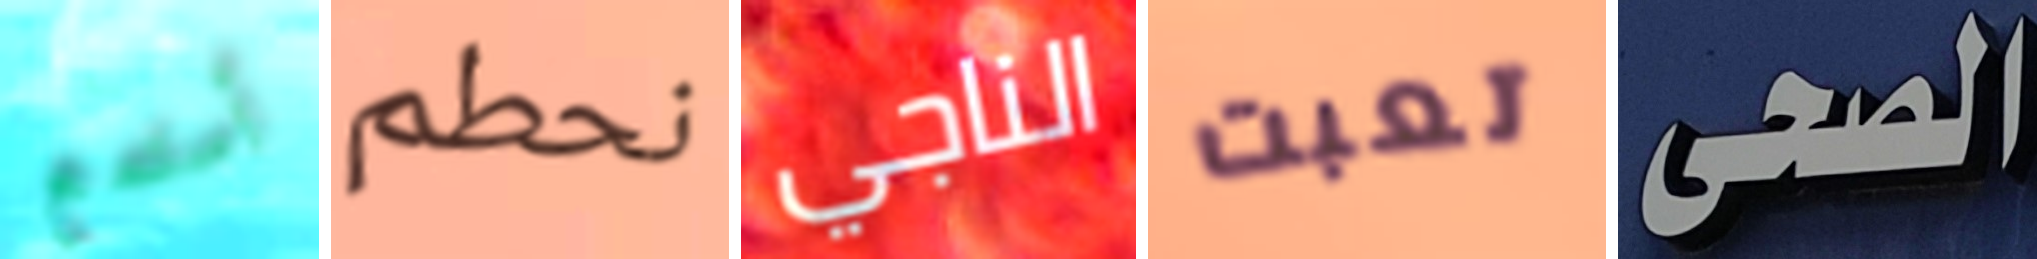
أستمع نحطم الناجي تعبت الصحى